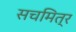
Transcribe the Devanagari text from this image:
सचमित्र